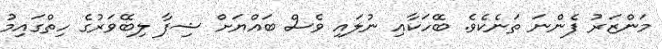
މަންޒަރު ފެންނަ ތަނެކެވެ. ބޭހަކާއި ނުލައި ވެސް ބައްޔަށް ޝިފާ ލިބޭވަރުގެ ހިތްގައިމު